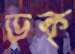
ডক্